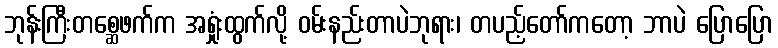
ဘုန်းကြီးတစ္ဆေဖက်က အရှုံးထွက်လို့ ဝမ်းနည်းတာပဲဘုရား၊ တပည့်တော်ကတော့ ဘာပဲ ပြောပြော